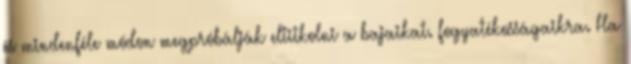
és mindenféle módon megpróbálják eltitkolni a bajaikat. fogyatékosságaikra. Ha